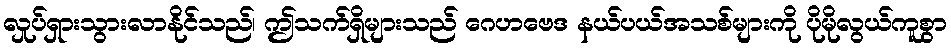
လှုပ်ရှားသွားလာနိုင်သည်၊ ဤသက်ရှိများသည် ဂေဟဗေဒ နယ်ပယ်အသစ်များကို ပိုမိုလွယ်ကူစွာ